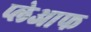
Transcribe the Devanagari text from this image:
प्लेआफ